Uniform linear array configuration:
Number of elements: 64
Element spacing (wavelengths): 0.75
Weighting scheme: cosine
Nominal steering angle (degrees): -60
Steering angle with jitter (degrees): -58.842
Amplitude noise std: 0.05
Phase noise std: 0.05

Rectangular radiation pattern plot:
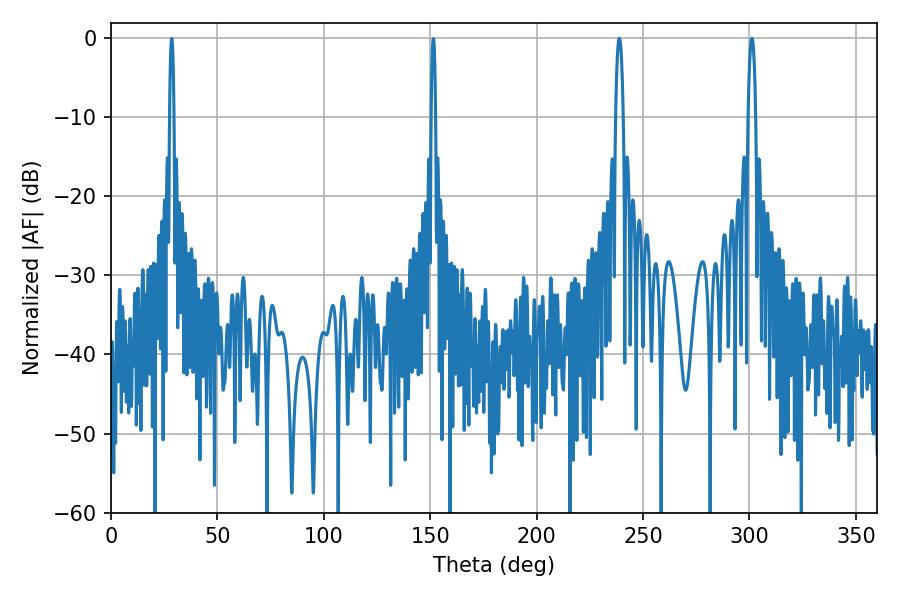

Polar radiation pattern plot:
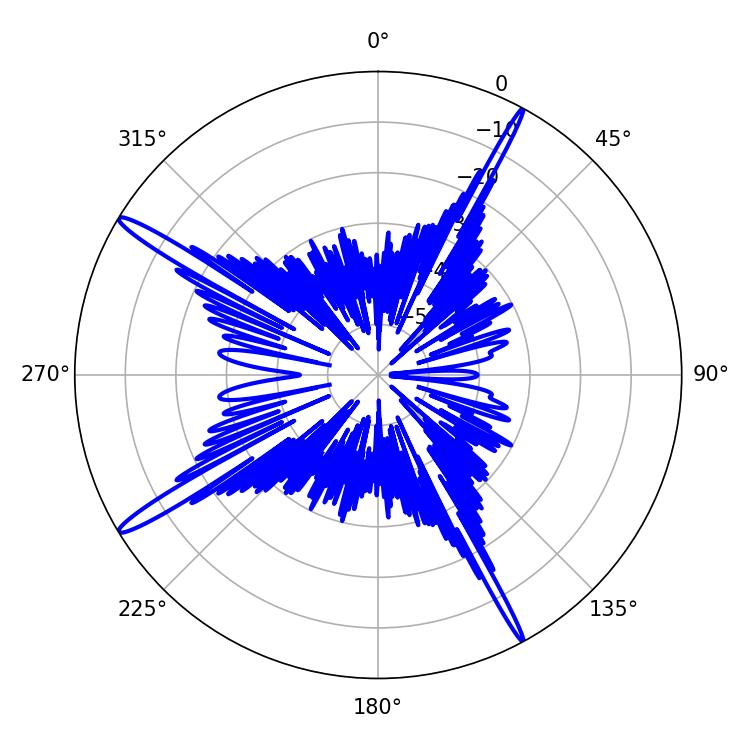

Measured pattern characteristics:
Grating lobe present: TRUE
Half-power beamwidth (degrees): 1.8
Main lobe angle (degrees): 238.86